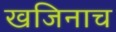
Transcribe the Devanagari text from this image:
खजिनाच